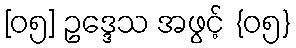
[၀၅] ဥဒ္ဒေသ အဖွင့် {၀၅}